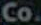
Co.